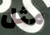
مثل